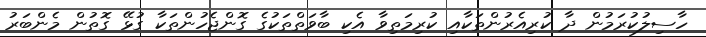
ހާސިލުކުރަމުން ދާ ކުރިއެރުންތަކާއި ކުރިމަތިވާ އެކި ބާވަތްތަކުގެ ގޮންޖެހުންތަކާ ގުޅޭ ގޮތުން މެންބަރު